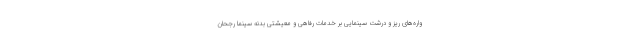
واره‌های ریز و درشت سینمایی بر خدمات رفاهی و معیشتی بدنه سینما رجحان